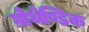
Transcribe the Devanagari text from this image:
ग्रोथेण्डिक